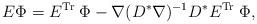
LaTeX: \begin{align*}E \Phi = E^{\rm Tr} \; \Phi - \nabla (D^* \nabla)^{-1} D^* E^{\rm Tr}\; \Phi,\end{align*}